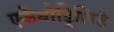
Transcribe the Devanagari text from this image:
एकेंथोड्रिलिडे